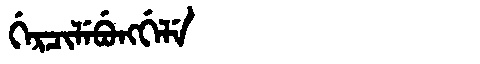
Manchu: ᡤᡝᡵᠴᡳᠯᡝᠪᡠᠩᡤᡝᠯᡝ
Romanization: GERCILEBUNGGELE